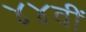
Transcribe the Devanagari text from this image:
४४वीं